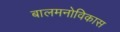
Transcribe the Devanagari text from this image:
बालमनोविकास